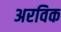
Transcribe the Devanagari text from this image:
अरविक